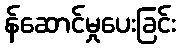
န်ဆောင်မှုပေးခြင်း